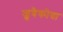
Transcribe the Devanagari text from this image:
ज्रुबैकोवा